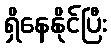
ရှိနေနိုင်ပြီး